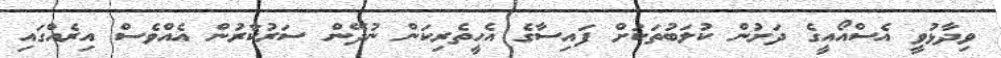
ވިދާޅުވީ އެސްއޯއީގެ ދަށުން ކުލަބުތަކަށް ފައިސާގެ އެހީތެރިކަން ނުދޭން ސަރުކާރުން އެއްވެސް އިރެއްގައި